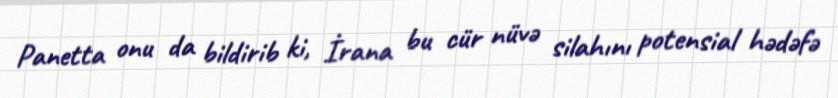
Panetta onu da bildirib ki, İrana bu cür nüvə silahını potensial hədəfə